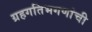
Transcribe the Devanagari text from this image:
ग्रहगतिभगणांची